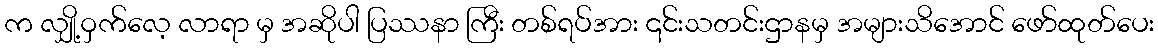
က လျှို့ဝှက်လေ့ လာရာ မှ အဆိုပါ ပြဿနာ ကြီး တစ်ရပ်အား ၎င်းသတင်းဌာနမှ အများသိအောင် ဖော်ထုတ်ပေး